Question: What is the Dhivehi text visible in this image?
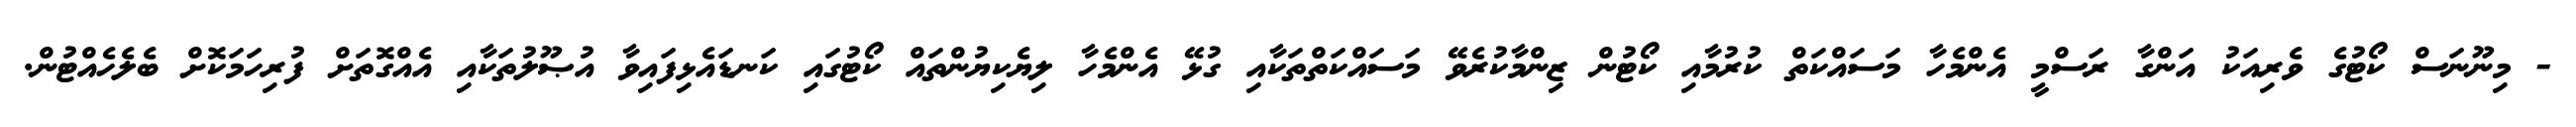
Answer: - މިނޫނަސް ކޯޓުގެ ވެރިއަކު އަންގާ ރަސްމީ އެންމެހާ މަސައްކަތް ކުރުމާއި ކޯޓުން ޒިންމާކުރެވޭ މަސައްކަތްތަކާއި ގުޅޭ އެންމެހާ ލިޔެކިޔުންތައް ކޯޓުގައި ކަނޑައެޅިފައިވާ އުޞޫލުތަކާއި އެއްގޮތަށް ފުރިހަމަކޮށް ބެލެހެއްޓުން.